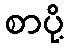
စာပို့